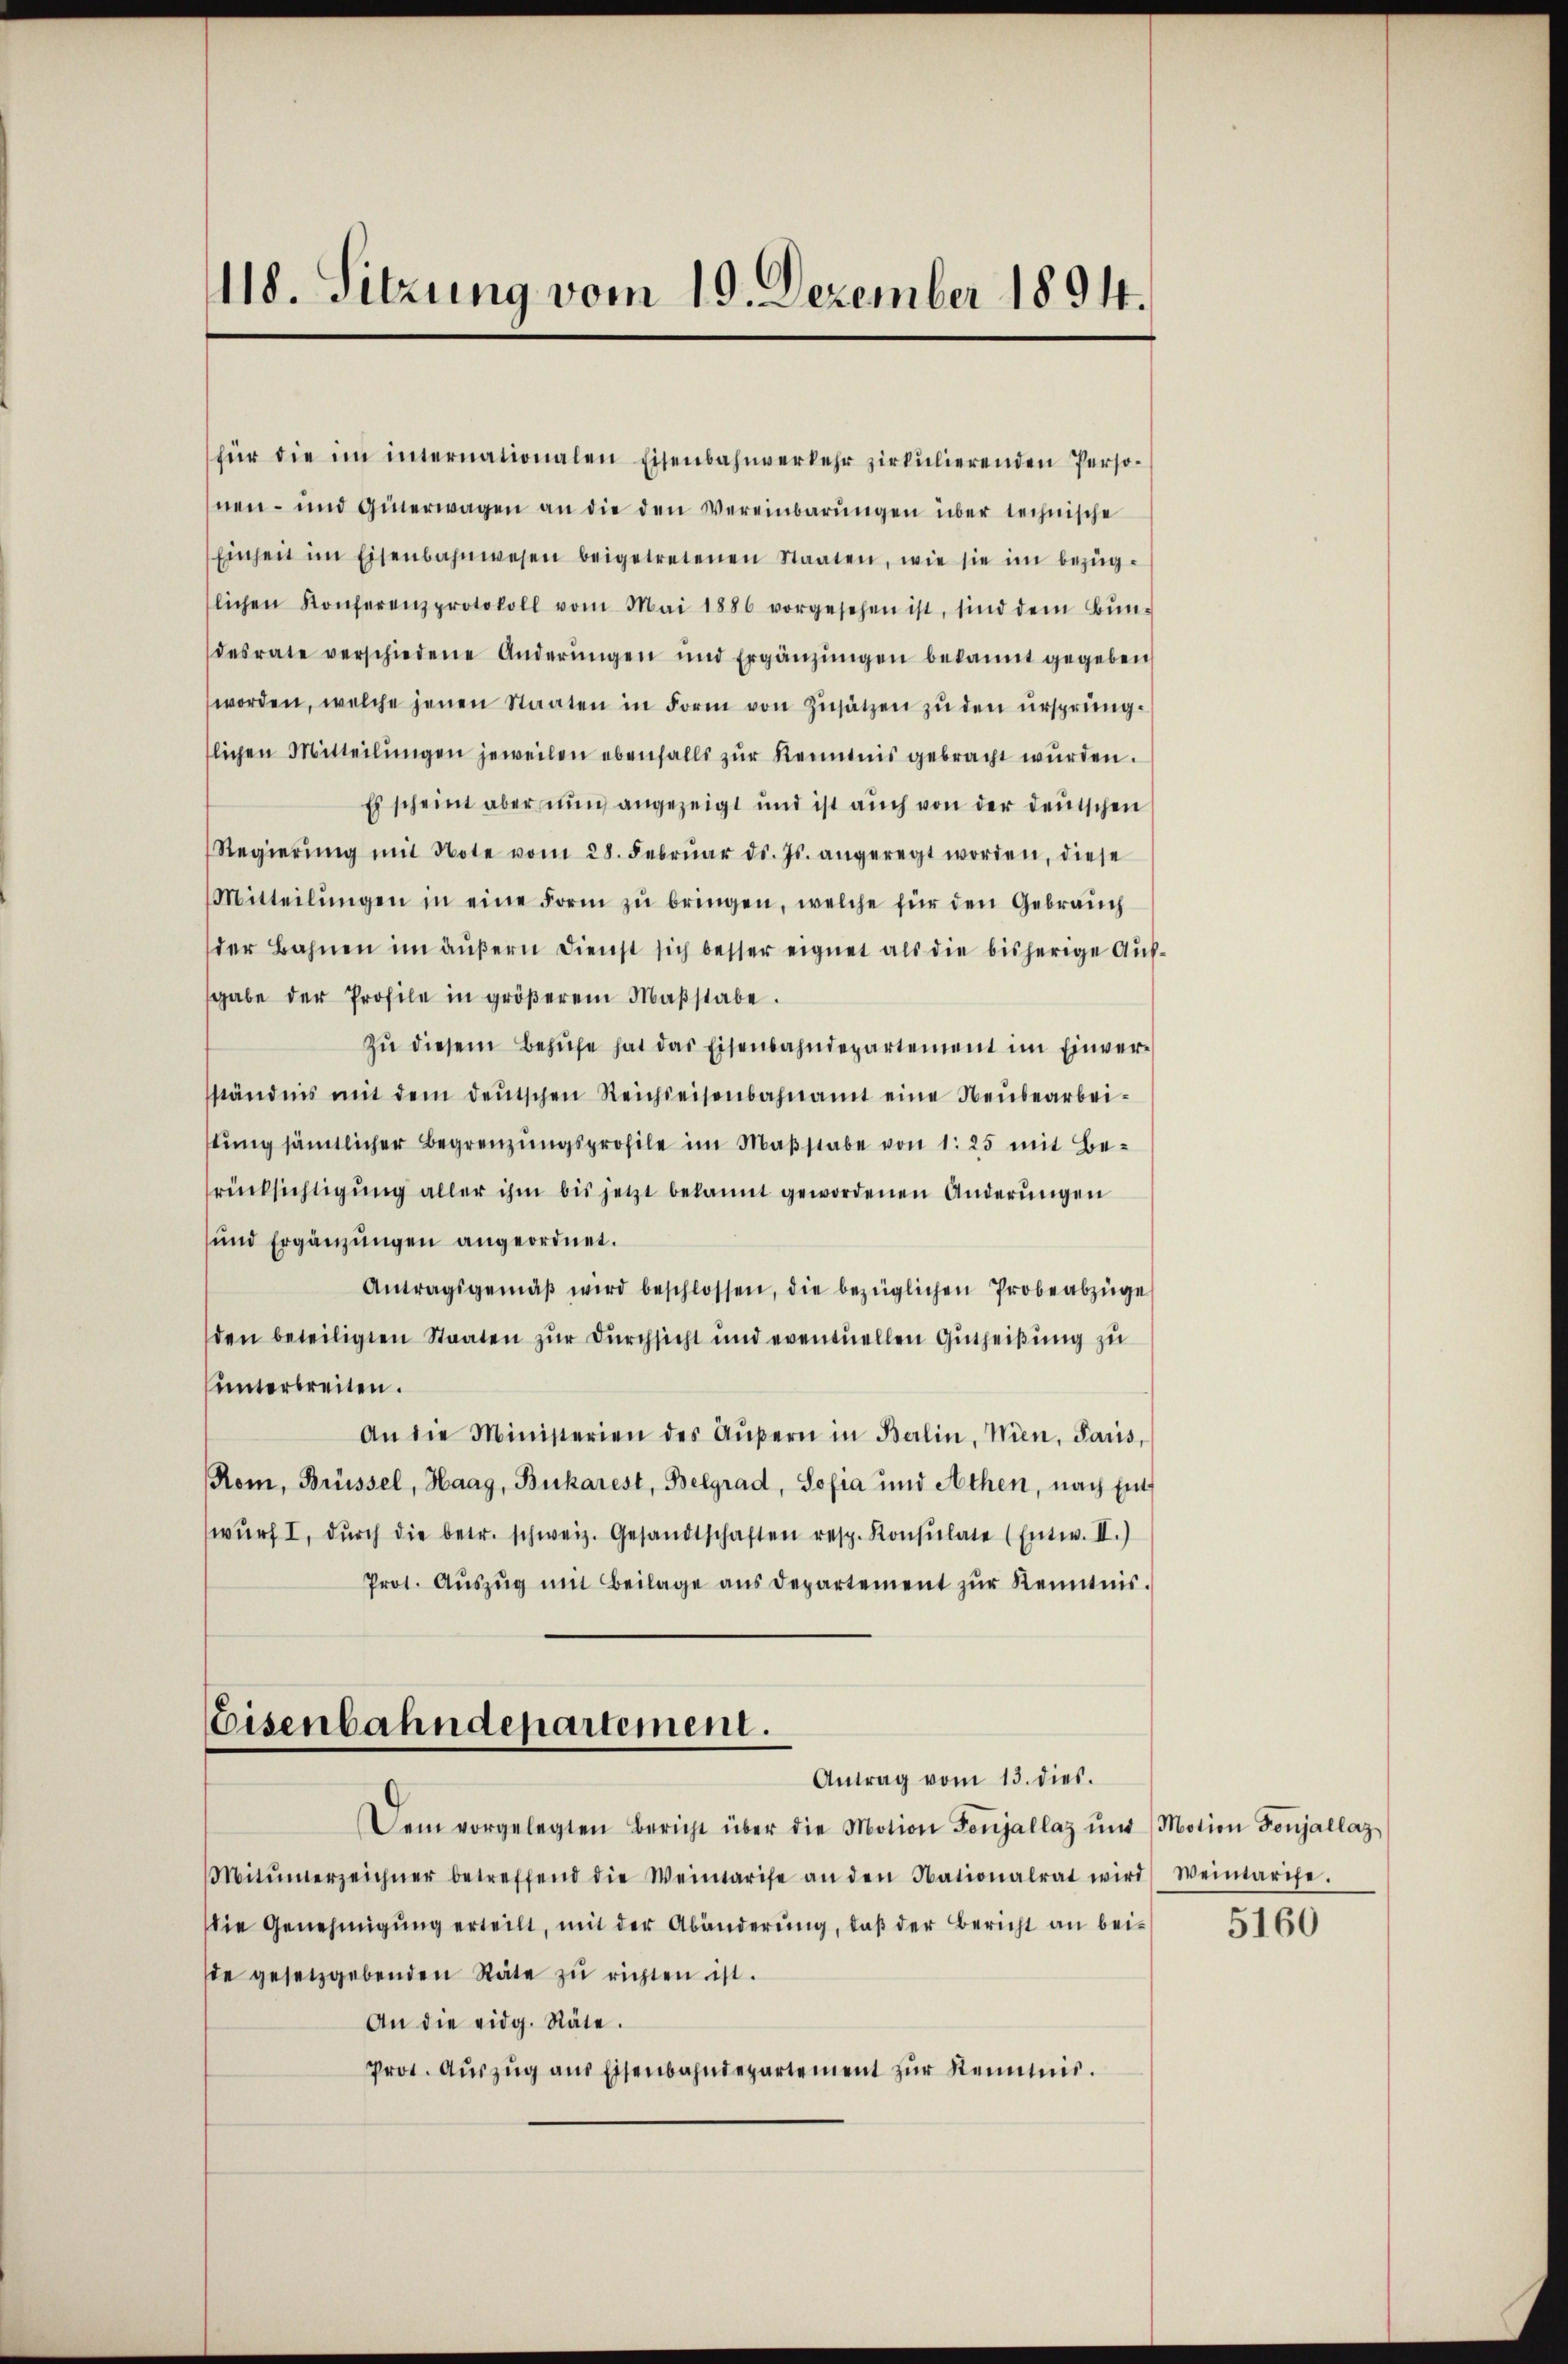
118. Sitzung vom 19. Dezember 1894.

für die im internationalen Eisenbahnverkehr zirkŭlierenden Perso-
nen- und Generwagen an die den Vereinbarungen über technische
Einheit im Eisenbahnwesen beigetretenen Staaten, wie sie im bezüg-
slichen Konferenzprotokoll vom Mai 1886 vorgesehen ist, sind dem Bŭn-
desrate verschiedene Anderŭngen und Ergänzŭngen bekannt gegeben
worden, welche jenen Staaten in Form von Zusätzen zŭ den ursprüng-
flichen Mitteilŭngen jeweilen ebenfalls zŭr Kenntnis gebracht wurden.
Es scheint aber nun angezeigt und ist auch von der deutschen
Regierŭng mit Note vom 28. Febrŭar d. Js. angeregt worden, diese
Mitteilŭngen in eine Form zŭ bringen, welche für den Gebrauch
der Bahnen im äußern Dienst sich besser eignet als die bisherige Aufgabe der Profile in gröβerem Maβstabe.
Zŭ diesem Behŭfe hat das Eisenbahndepartement im Einver-
ständnis mit dem deŭtschen Reichreisenbahnamt eine Neŭbearbei-
stung sämtlicher Begrenzungsprofile im Maßstabe von 1. 25 mit Besrücksichtigung aller ihm bis jetzt bekannt gewordenen Änderungen
und Ergänzungen angeordnet.
Antragsgemäβ wird beschlossen, die bezüglichen Probeabzüge
den beteiligten Staaten zur Durchsicht und eventuellen Gutheißung zu
unterbreiten.
An die Ministerien des Aŭβern in Berlin, Wien, Paris,
Rom, Brüssel, Haag, Bukarest, Belgrad, Sofia und Athen, nach Einwŭrf I, dŭrch die betr. schweiz. Gesandtschaften resp. Konsulate (Entw. II.)
Prot. Aŭszŭg mit Beilage ans Departement zŭr Kenntnis.
Eisenbahndepartement.
Antrag vom 13. dies.
Dem vorgelegten Bericht über die Motion Feŭjallaz ŭnd Motion Fonjallaz
Mitŭnerzeichner betreffend die Weintarife an den Nationalrat wird Weintarise.
Die Genehmigŭng erteilt, mit der Abänderŭng, daβ der Bericht an bei-
de gesetzgebenden Räte zŭ richten ist.
An die eidg. Räte.
Prot. Aŭszŭg aŭs Eisenbahndepartement zŭr Kenntnis.

5160